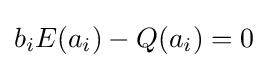
b_{i}E(a_{i})-Q(a_{i})=0